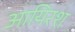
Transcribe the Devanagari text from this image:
आयिरश